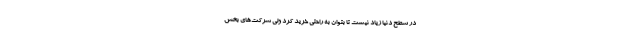
در سطح دنیا زیاد نیست تا بتوان به راحتی خرید کرد ولی شرکت‌های بخش